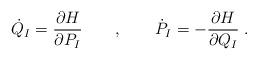
LaTeX: \begin{align*}\dot{Q}_I = {\partial H \over \partial P_I} \qquad , \qquad \dot{P}_I = - {\partial H \over \partial Q_I} \; .\end{align*}